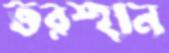
তরস্হান